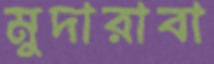
মুদারাবা